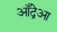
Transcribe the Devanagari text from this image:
आँद्रेआ